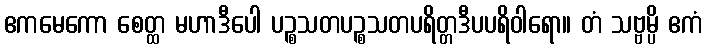
ဧကမေကော စေတ္ထ မဟာဒီပေါ ပဉ္စသတပဉ္စသတပရိတ္တဒီပပရိဝါရော။ တံ သဗ္ဗမ္ပိ ဧကံ